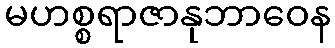
မဟစ္စရာဇာနုဘာဝေန